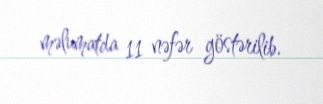
məlumatda 11 nəfər göstərilib.